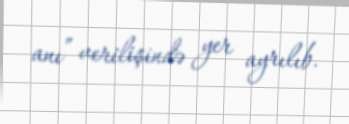
anı” verilişində yer ayrılıb.